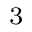
^ { 3 }